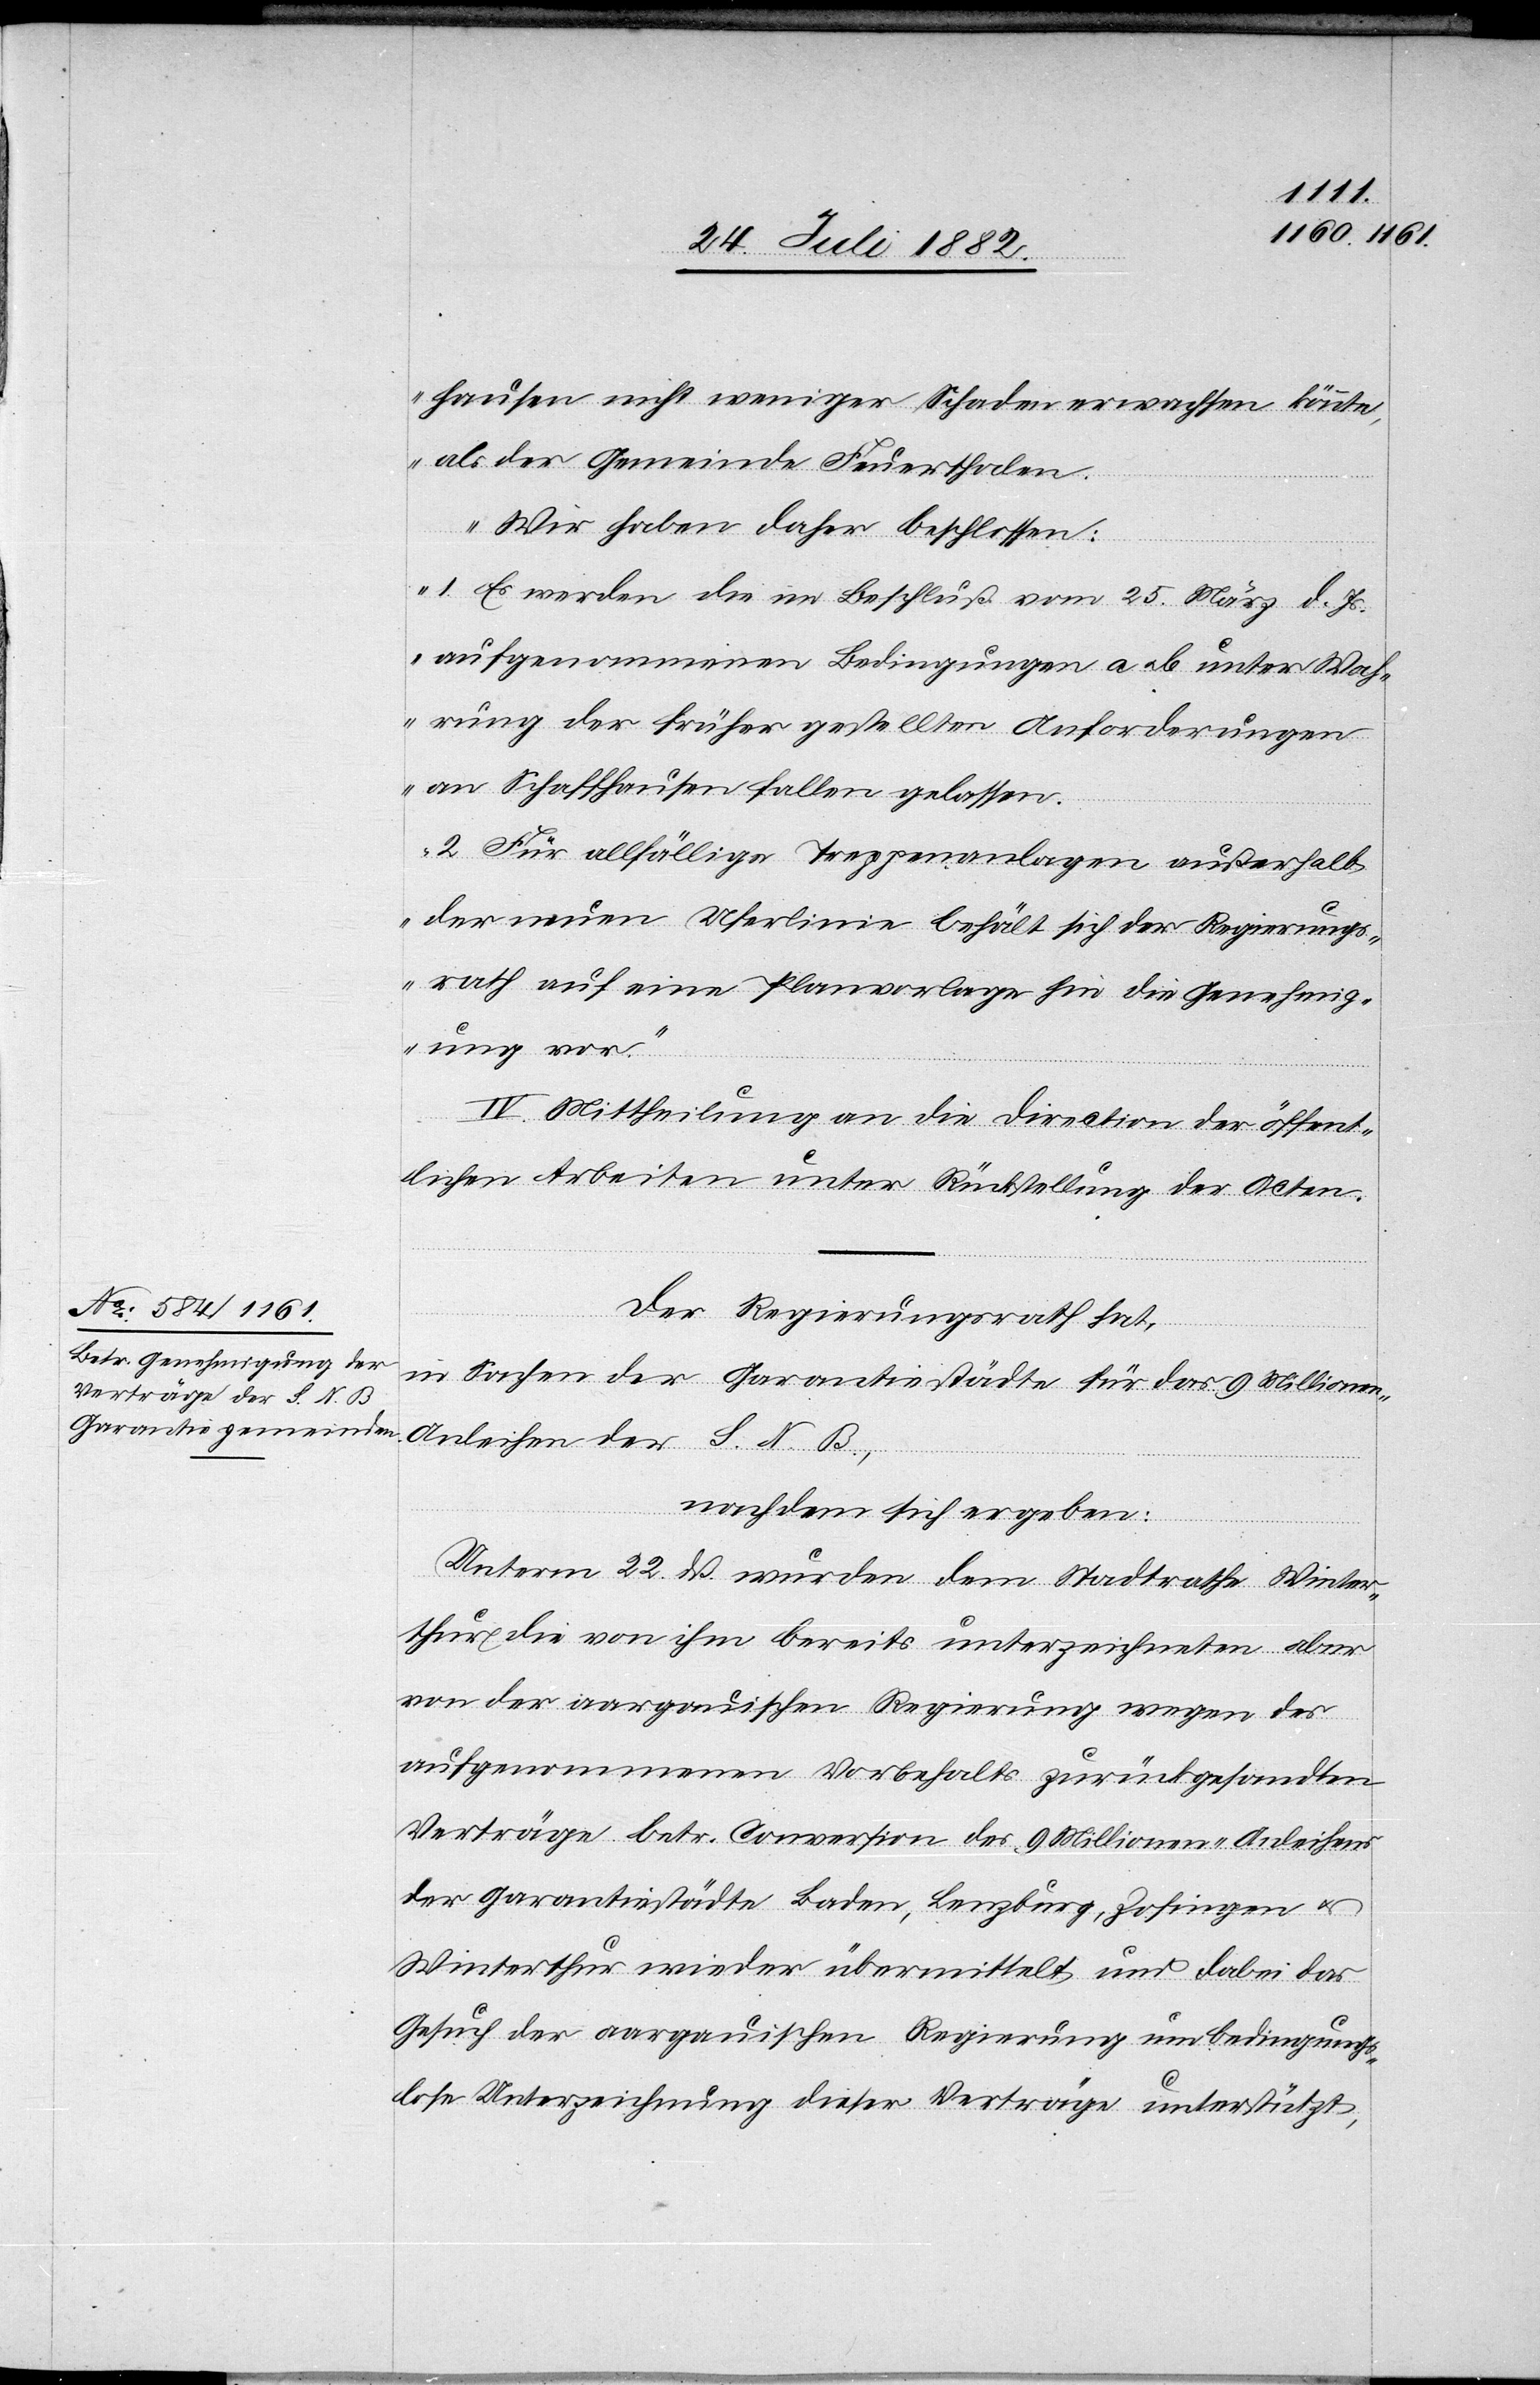
hausen nicht weniger Schaden erwachsen könnte,
als der Gemeinde Feuerthalen.
Wir haben daher beschlossen:
1. Es werden die im Beschluß vom 25. März d. Js.
aufgenommenen Bedingungen a u. b unter Wah¬
rung der früher der gestellten Anforderungen
an Schaffhausen fallen gelassen.
2. Für allfällige Treppenanlagen außerhalb
der neuen Uferlinie behält sich der Regierungs¬
rath auf eine Planvorlage hin die Genehmig¬
ung vor.“
IV. Mittheilung an die Direction der öffent¬
lichen Arbeiten unter Rückstellung der Acten.
Der Regierungsrath hat,
in Sachen der Garantiestädte für das 9 Millione¬
n-Anleihen der S. N. B.,
nachdem sich ergeben:
Unterm 22. dß. wurden dem Stadtrathe Winter¬
thur die von ihm bereits unterzeichneten aber
von der aargauischen Regierung wegen des
aufgenommenen Vorbehalts zurückgesandten
Verträge betr. Conversion des 9 Millionen-Anleihens
der Garantiestädte Baden, Lenzburg, Zofingen u.
Winterthur wieder übermittelt und dabei das
Gesuch der aargauischen Regierung um bedingungs¬
lose Unterzeichnung dieser Verträge unterstützt,